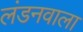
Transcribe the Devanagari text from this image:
लंडनवाला